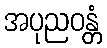
အပုညဝန္တံ